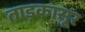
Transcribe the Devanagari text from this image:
ताड़कासूर